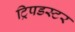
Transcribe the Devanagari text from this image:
ट्रिपडस्टर